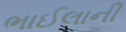
ભાઈલાની